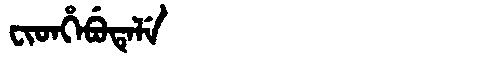
Manchu: ᠸᡳᡨᡥᡝᠪᡠᡨᡝᠯᡝ
Romanization: FITHEBUTELE